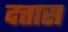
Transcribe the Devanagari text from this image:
दत्तास